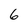
Character: 6